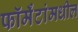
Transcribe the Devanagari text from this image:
फॉर्मॅटांमधील